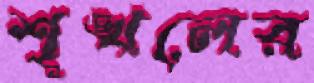
শৃঙ্খলের